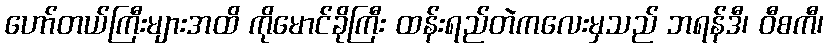
ဟော်တယ်ကြီးများအထိ ကိုမောင်ခိုကြီး ထန်းရည်တဲကလေးမှသည် ဘရန်ဒီ၊ ဝီစကီ၊